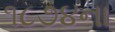
૧૮૭૪ના